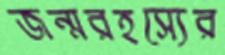
জন্মরহস্যের